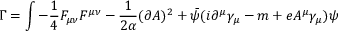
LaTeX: \Gamma = \int - \frac 1 4 F _ { \mu \nu } F ^ { \mu \nu } - \frac 1 { 2 \alpha } ( \partial A ) ^ { 2 } + \bar { \psi } ( i \partial ^ { \mu } \gamma _ { \mu } - m + e A ^ { \mu } \gamma _ { \mu } ) \psi